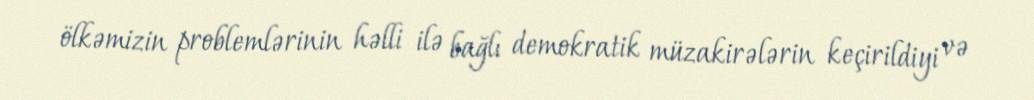
ölkəmizin problemlərinin həlli ilə bağlı demokratik müzakirələrin keçirildiyi və